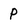
Character: p